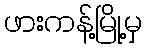
ဖားကန့်မြို့မှ